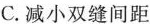
C. 减小双缝间距